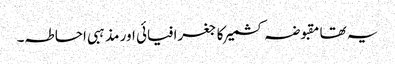
یہ تھا مقبوضہ کشمیر کا جغرافیائی اور مذہبی احاطہ۔